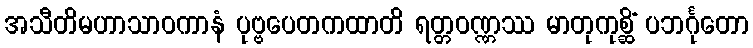
အသီတိမဟာသာဝကာနံ ပုဗ္ဗပေတကထာတိ ရတ္တဝဏ္ဏဿ မာတုကုစ္ဆိံ ပဘင်္ဂုတော